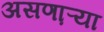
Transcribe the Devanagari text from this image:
असणा़ऱ्या